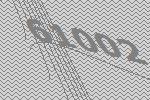
61002